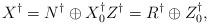
LaTeX: \begin{align*}X^\dagger = N^\dagger \oplus X_0^\dagger Z^\dagger = R^\dagger \oplus Z_0^\dagger,\end{align*}